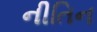
નીતિન